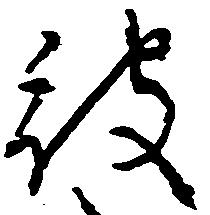
被